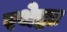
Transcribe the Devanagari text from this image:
रथेष्ठाः